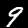
Label: 9